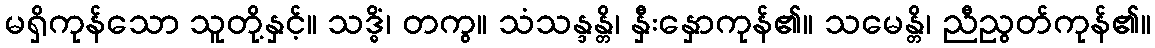
မရှိကုန်သော သူတို့နှင့်။ သဒ္ဓိံ၊ တကွ။ သံသန္ဒန္တိ၊ နှီးနှောကုန်၏။ သမေန္တိ၊ ညီညွတ်ကုန်၏။